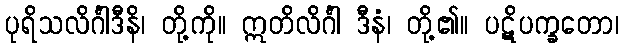
ပုရိသလိင်္ဂါဒီနိ၊ တို့ကို။ ဣတိလိင်္ဂါ ဒီနံ၊ တို့၏။ ပဋိပက္ခတော၊